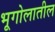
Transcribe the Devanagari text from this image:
भूगोलातील